65_HS1-834228961_62-HQ-83894_Section_2
Agency: FBI
Page 96
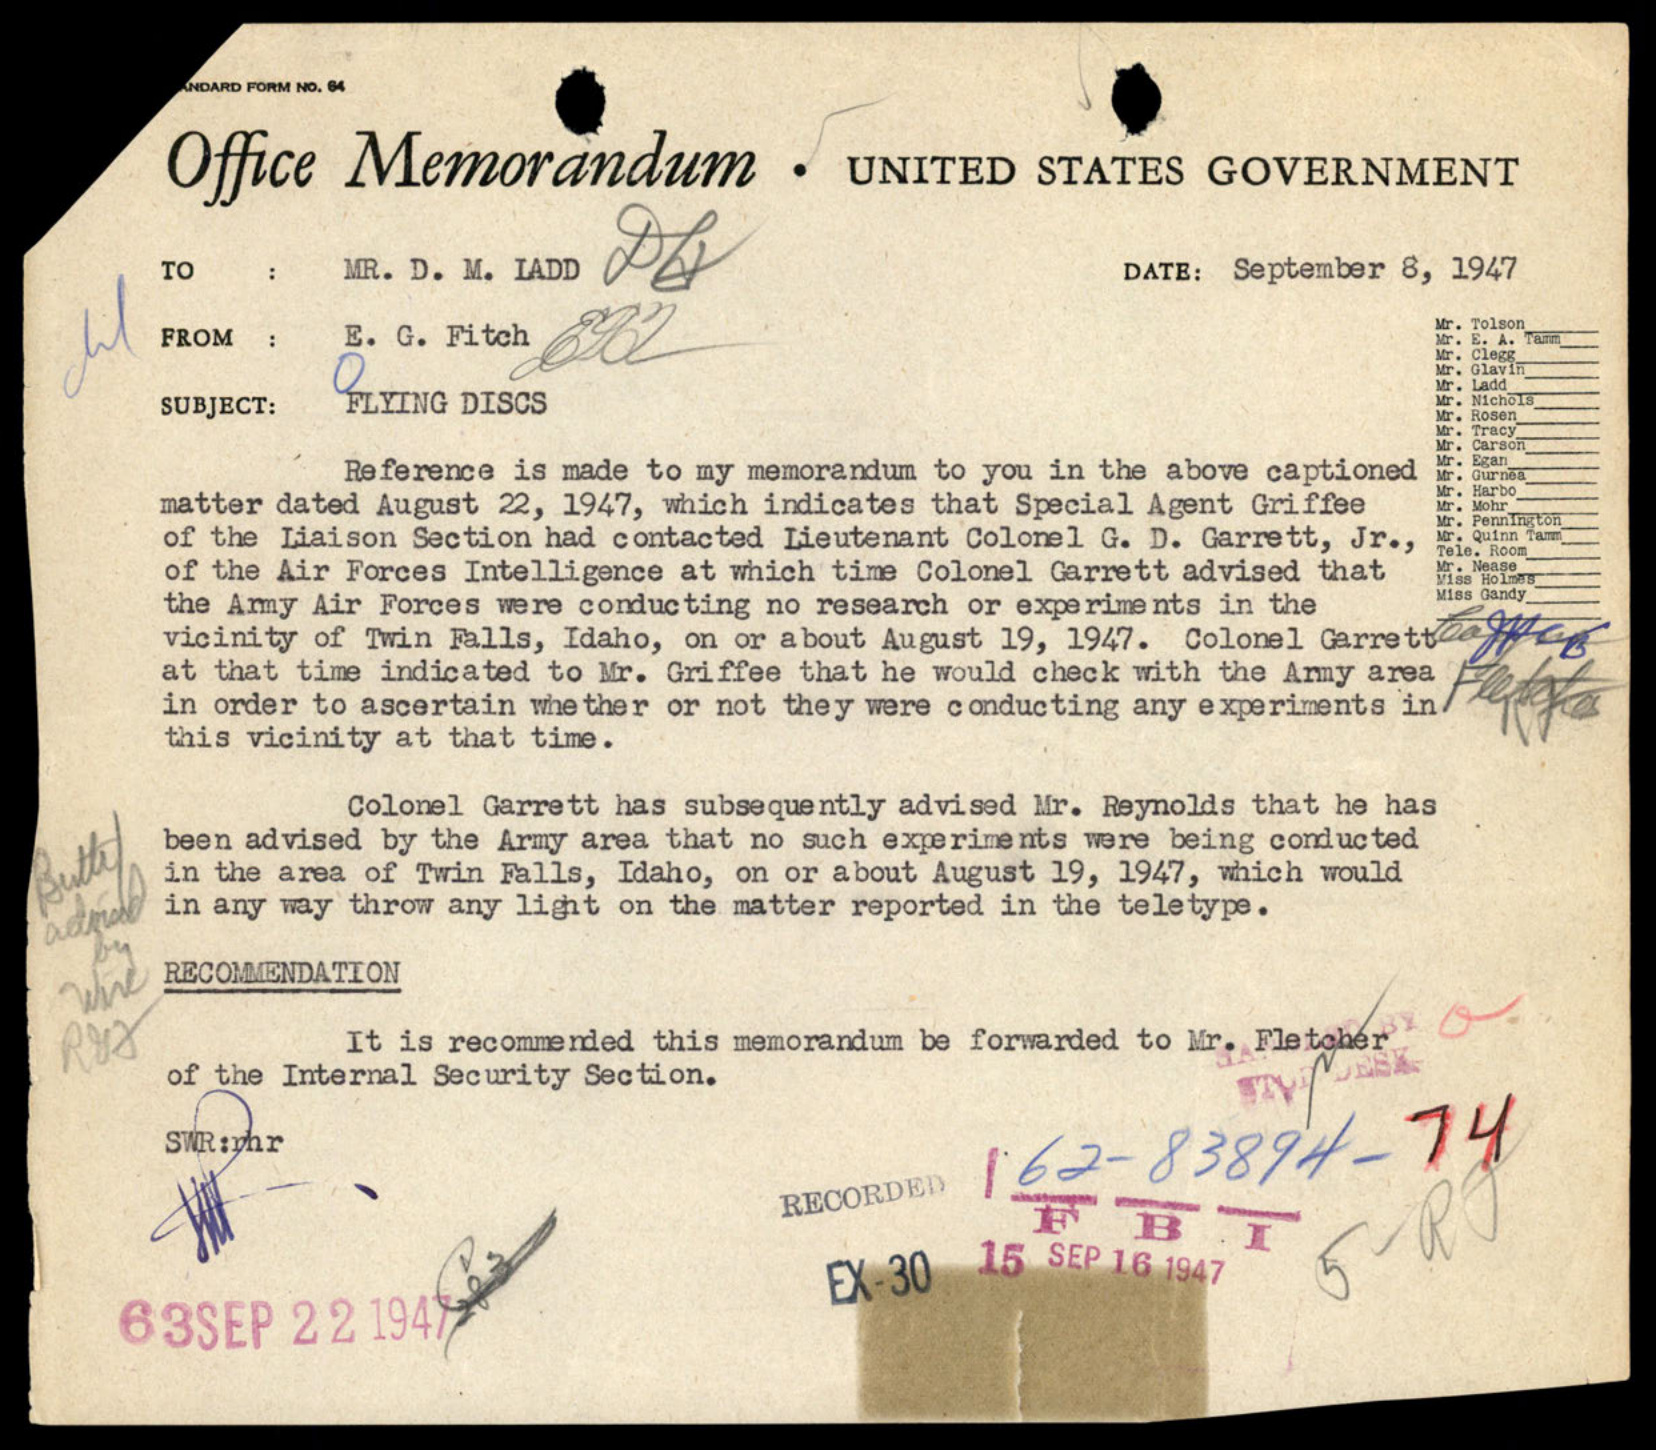